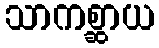
သာကစ္ဆာယ